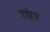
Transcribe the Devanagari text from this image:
ग्येर